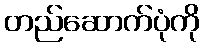
တည်ဆောက်ပုံကို